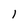
Character: l